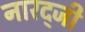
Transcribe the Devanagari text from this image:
नारद्जी